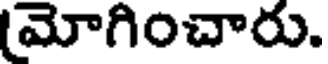
మోగించారు.